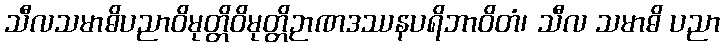
သီလသမာဓိပညာဝိမုတ္တိဝိမုတ္တိဉာဏဒဿနပရိဘာဝိတံ၊ သီလ သမာဓိ ပညာ